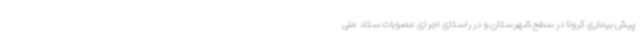
پیش بیماری کرونا در سطح شهرستان و در راستای اجرای مصوبات ستاد ملی